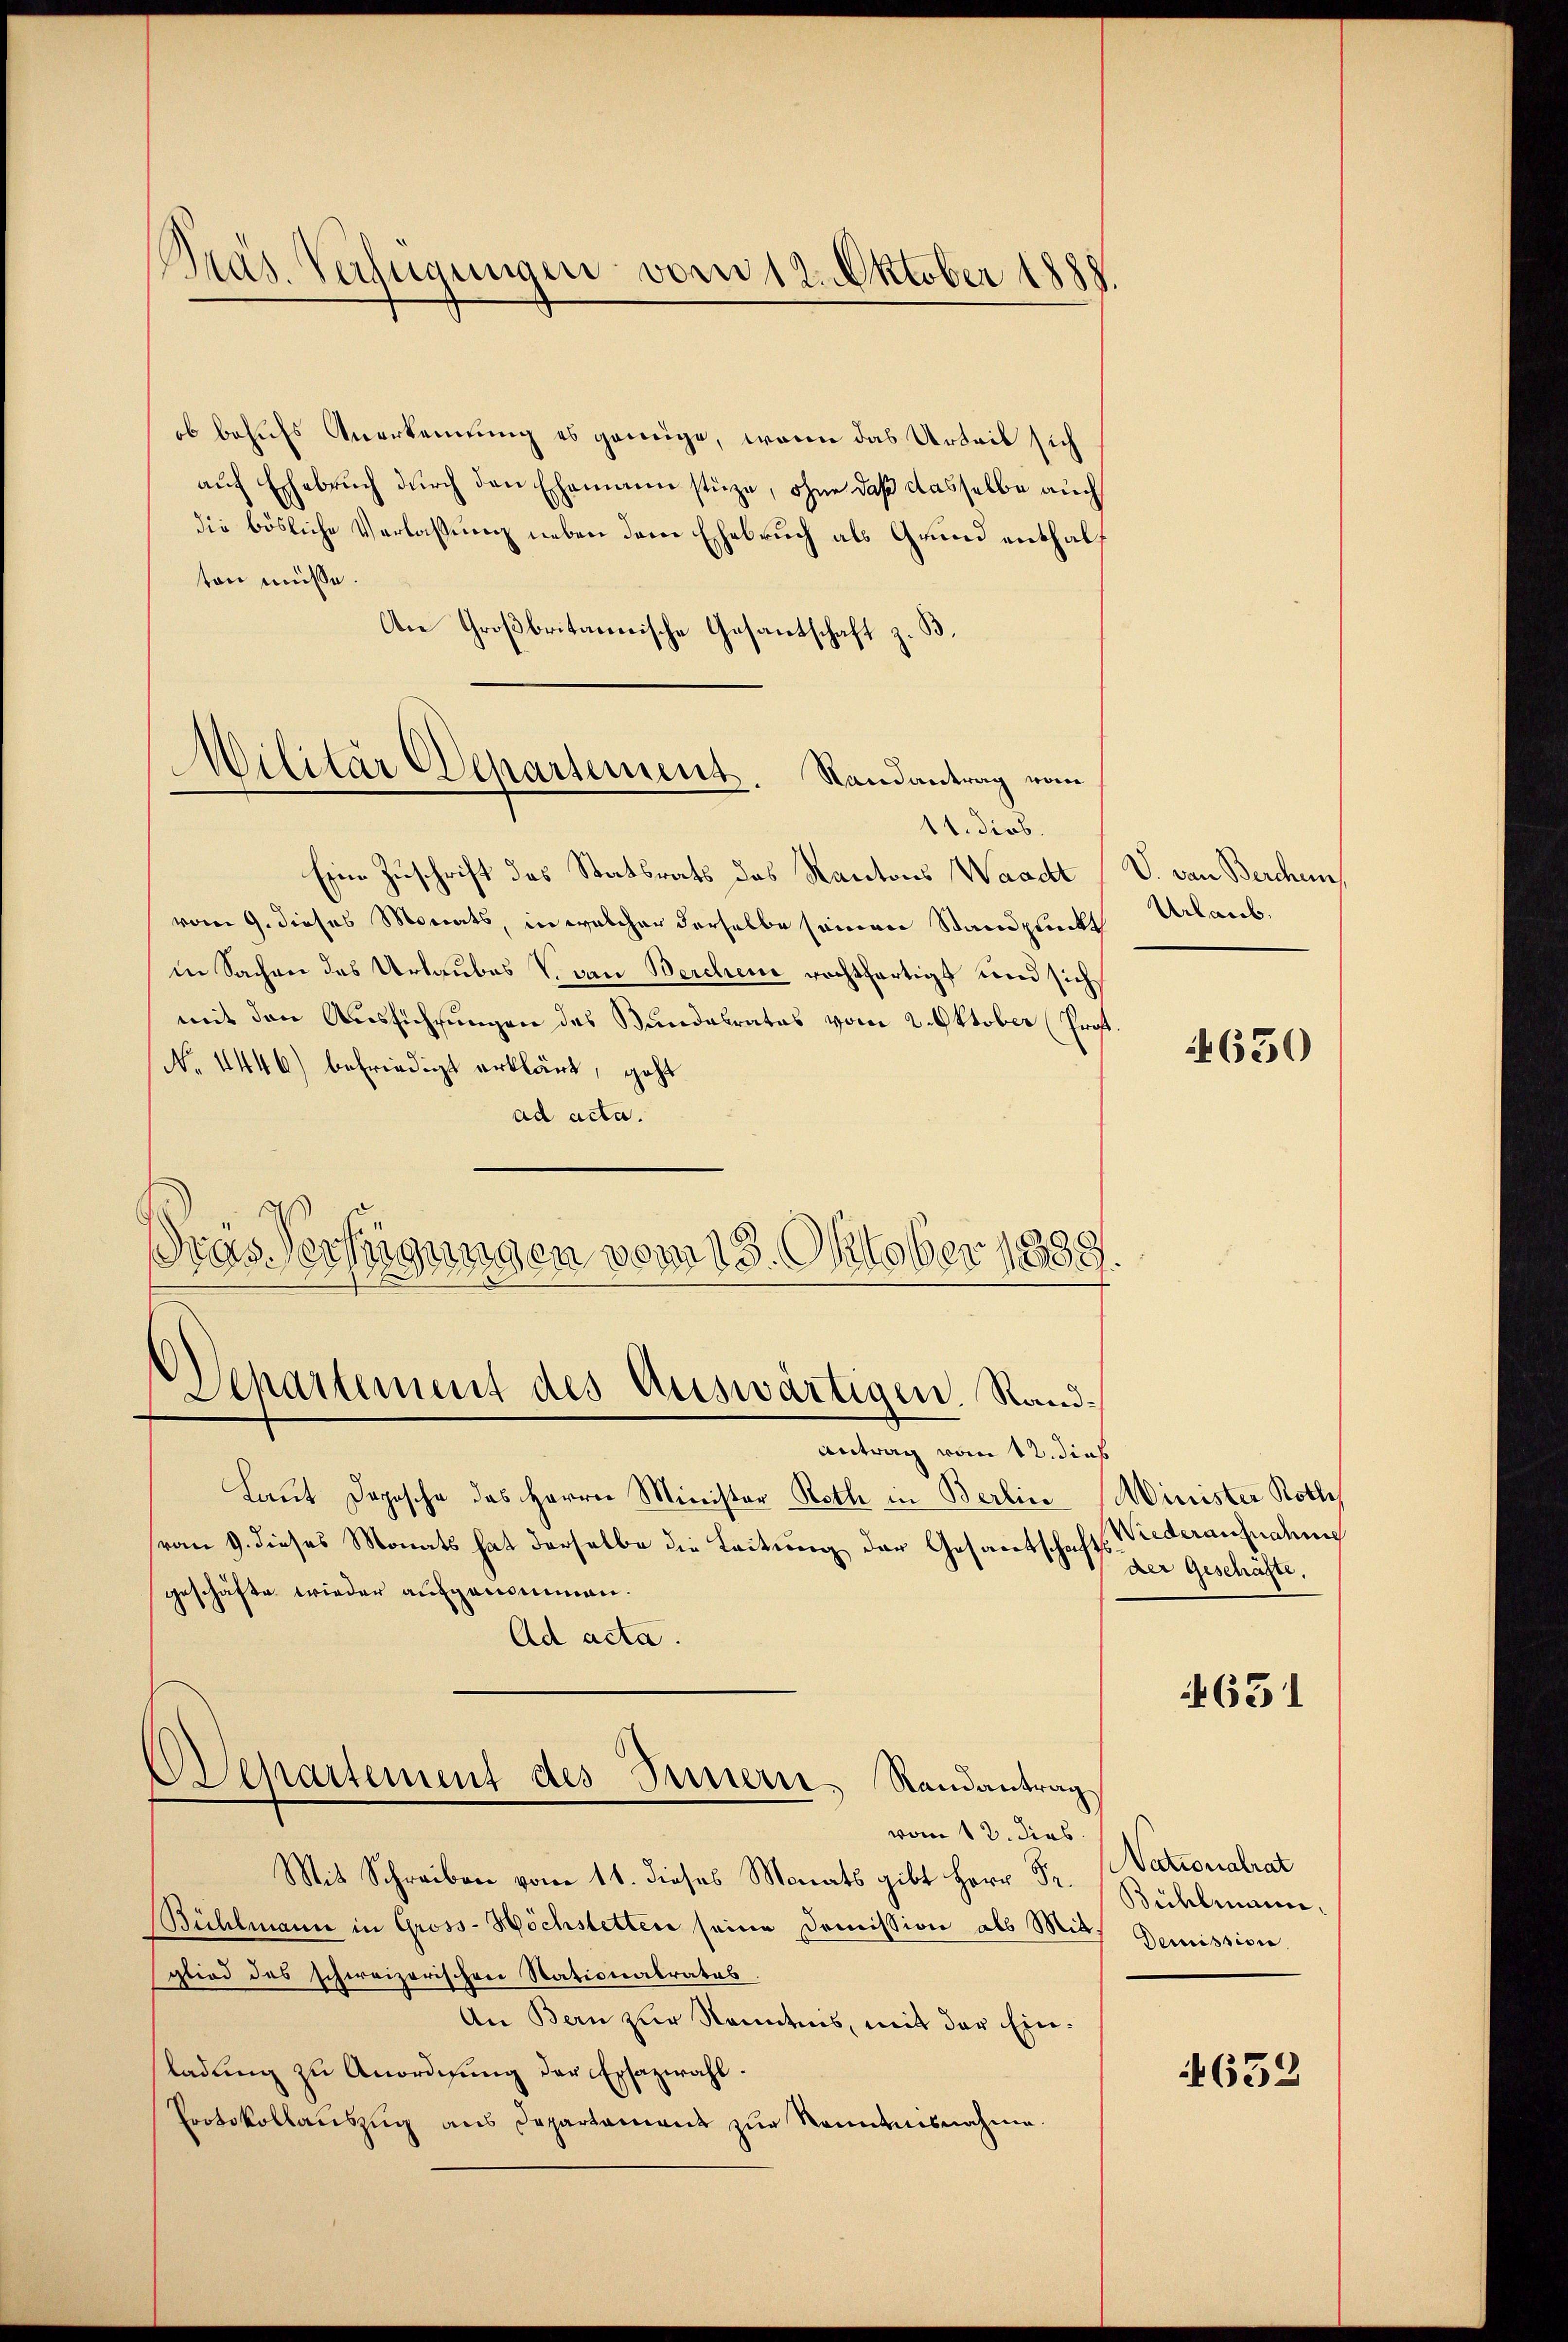
Präs. Verfügungen vom 12. Oktober 1888.

ob behufs Anerkennung es genüge, wenn das Urteil sich
aŭf Ehebruch dŭrch den Ehemann stüze, ohne daß dasselbe auch
die bösliche Verlassung neben dem Ehebruch als Grund enthalten müsse.
An Großbritannische Gesantschaft z. B.
11. Sieb.
Eine Zuschrift des Statsrats des Kantons Waadt
vom 9. dieses Monats, in welcher derselbe seinen Standpunkt Urlaub
in Sachen des Urlaubes V. von Berchene rechtfertigt und sich
mit den Aussichtungen des Bundesrates vom 2. Oktober (Prof.
No 1446) befriedigt erklärt, geht
ad acta.
Dras Verfügungen vom 13. Oktober 1839.
Departement des Auswärtigen, Rand¬
Antrag vom 12. dieß
Laut Dogische des Herrn Minister Roth in Berlin Minister Rothe
(vom 9. dieses Monats hat derselbe die Leitung der Gesantschaftsrederausnahen
geschäfte wieder aufgenommen.
Ad acta.
Departement des Innern, Randantrag
vom 12. dies
Mit Schreiben vom 11. dieses Monats gibt Herr Sr.
Bühlmann in Gross-Höchstetten seine Domission als Mit Demission
glied des schweizerischen Stationalrates.
An Bern zur Kenntnis, mit der Einladung zu Anordnung der Ersazwahl.
Protokollauszug aus Departament zur Renntnisnahme.

MMilitär Departement. Randantrag vom

V. von Berchen,

4650

Der Geschäfte,

4631

Nationalrat
Bichlimme.

632